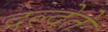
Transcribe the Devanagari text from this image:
दल्देते